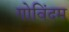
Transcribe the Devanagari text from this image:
गोविंदम